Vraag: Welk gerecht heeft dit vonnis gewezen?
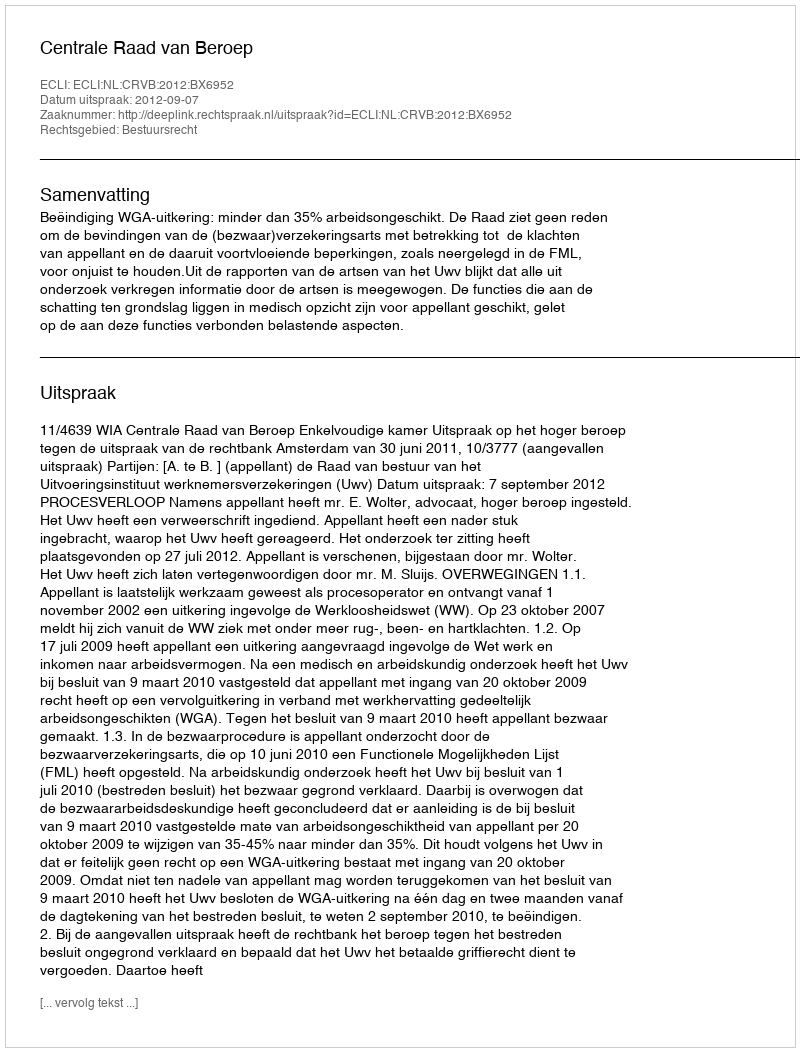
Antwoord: Centrale Raad van Beroep